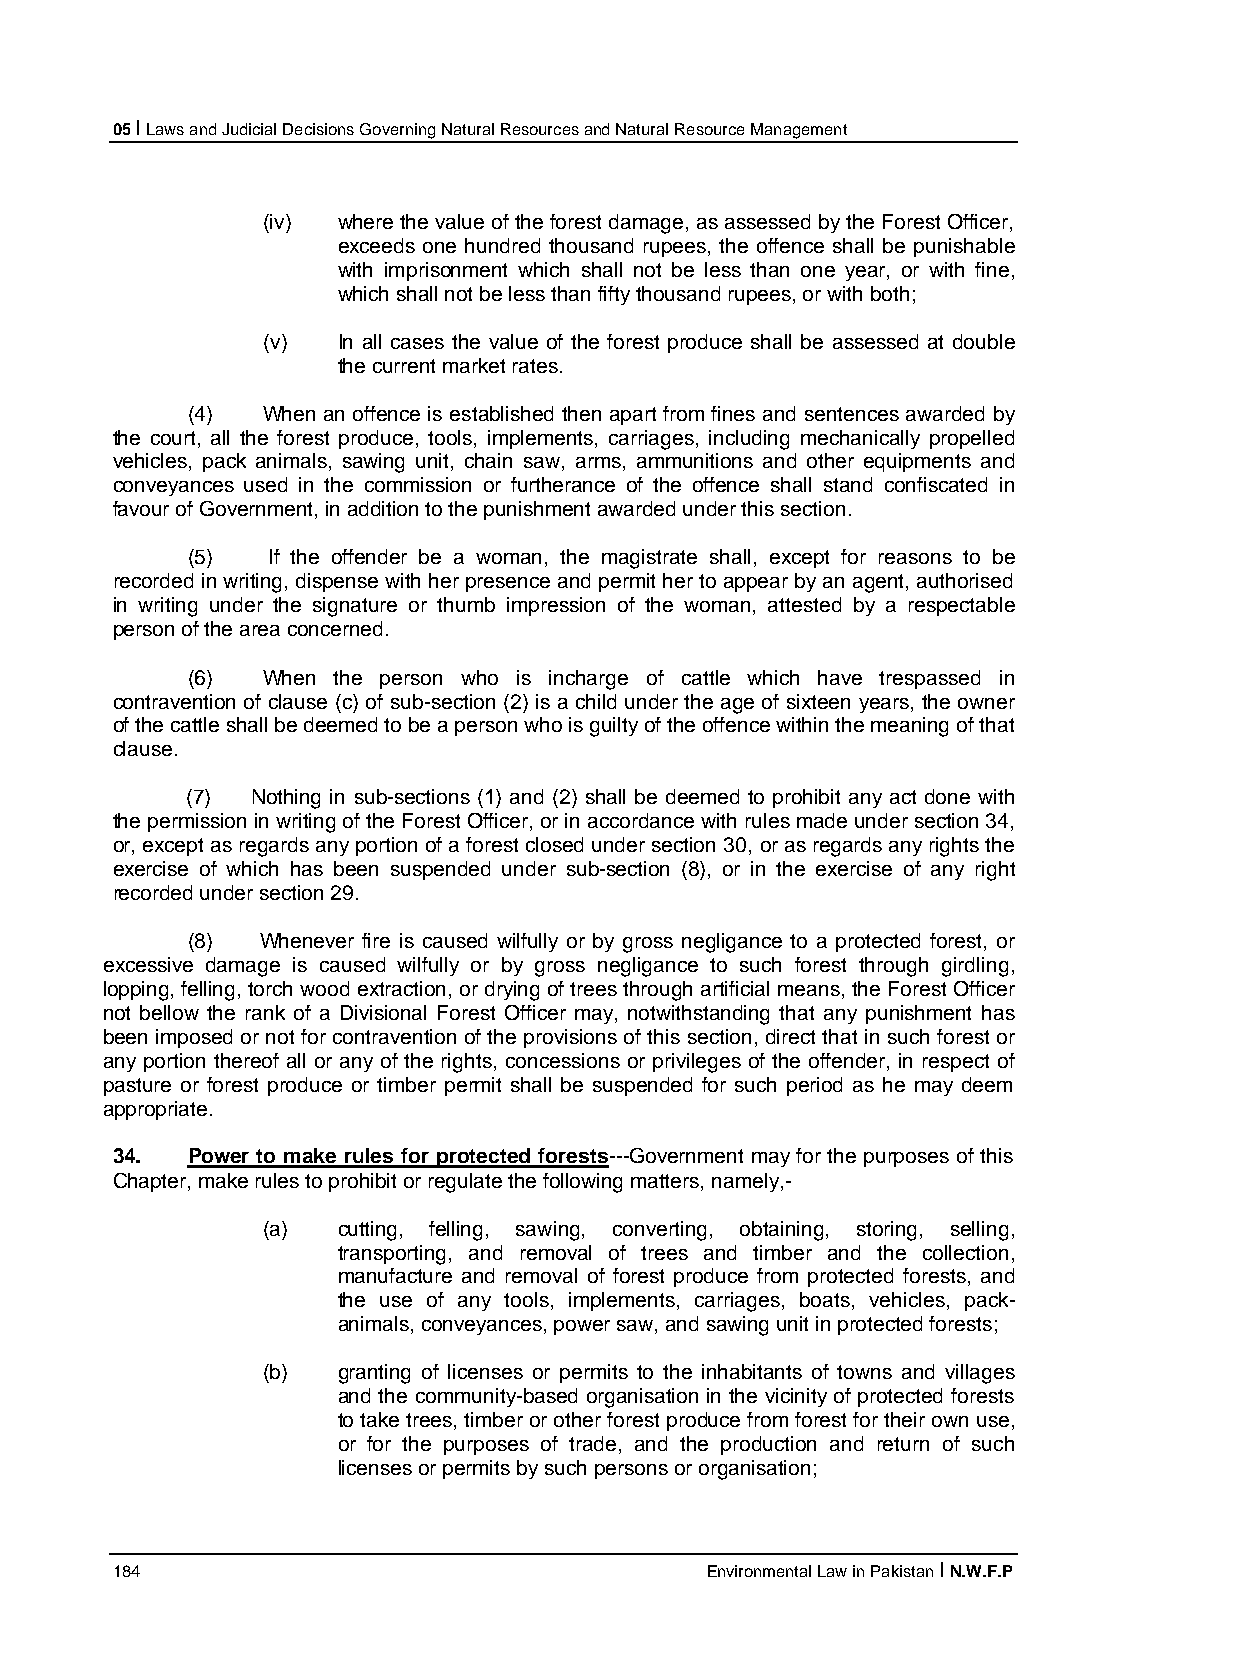
05 I Laws and Judicial Decisions Governing Natural Resources and Natural Resource Management
 (iv) where the value of the forest damage, as assessed by the Forest Officer,
 exceeds one hundred thousand rupees, the offence shall be punishable
 with imprisonment which shall not be less than one year, or with fine,
 which shall not be less than fifty thousand rupees, or with both;
 (v)  In all cases the value of the forest produce shall be assessed at double
 the current market rates.
 (4)  When an offence is established then apart from fines and sentences awarded by
 the court, all the forest produce, tools, implements, carriages, including mechanically propelled
 vehicles, pack animals, sawing unit, chain saw, arms, ammunitions and other equipments and
 conveyances used in the commission or furtherance of the offence shall stand confiscated in
 favour of Government, in addition to the punishment awarded under this section.
 (5)   If the offender be a woman, the magistrate shall, except for reasons to be
 recorded in writing, dispense with her presence and permit her to appear by an agent, authorised
 in writing under the signature or thumb impression of the woman, attested by a respectable
 person of the area concerned.
 (6)  When the person who is incharge of cattle which have trespassed in
 contravention of clause (c) of sub-section (2) is a child under the age of sixteen years, the owner
 of the cattle shall be deemed to be a person who is guilty of the offence within the meaning of that
 clause.
 (7)  Nothing in sub-sections (1) and (2) shall be deemed to prohibit any act done with
 the permission in writing of the Forest Officer, or in accordance with rules made under section 34,
 or, except as regards any portion of a forest closed under section 30, or as regards any rights the
 exercise of which has been suspended under sub-section (8), or in the exercise of any right
 recorded under section 29.
 (8)  Whenever fire is caused wilfully or by gross negligance to a protected forest, or
 excessive damage is caused wilfully or by gross negligance to such forest through girdling,
 lopping, felling, torch wood extraction, or drying of trees through artificial means, the Forest Officer
 not bellow the rank of a Divisional Forest Officer may, notwithstanding that any punishment has
 been imposed or not for contravention of the provisions of this section, direct that in such forest or
 any portion thereof all or any of the rights, concessions or privileges of the offender, in respect of
 pasture or forest produce or timber permit shall be suspended for such period as he may deem
 appropriate.
 34.  Power to make rules for protected forests---Government may for the purposes of this
 Chapter, make rules to prohibit or regulate the following matters, namely,-
 (a)  cutting, felling, sawing, converting, obtaining, storing, selling,
 transporting, and removal of trees and timber and the collection,
 manufacture and removal of forest produce from protected forests, and
 the use of any tools, implements, carriages, boats, vehicles, pack-
 animals, conveyances, power saw, and sawing unit in protected forests;
 (b)  granting of licenses or permits to the inhabitants of towns and villages
 and the community-based organisation in the vicinity of protected forests
 to take trees, timber or other forest produce from forest for their own use,
 or for the purposes of trade, and the production and return of such
 licenses or permits by such persons or organisation;
 184                                     Environmental Law in Pakistan I N.W.F.P